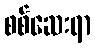
စစ်ဆေးရာ